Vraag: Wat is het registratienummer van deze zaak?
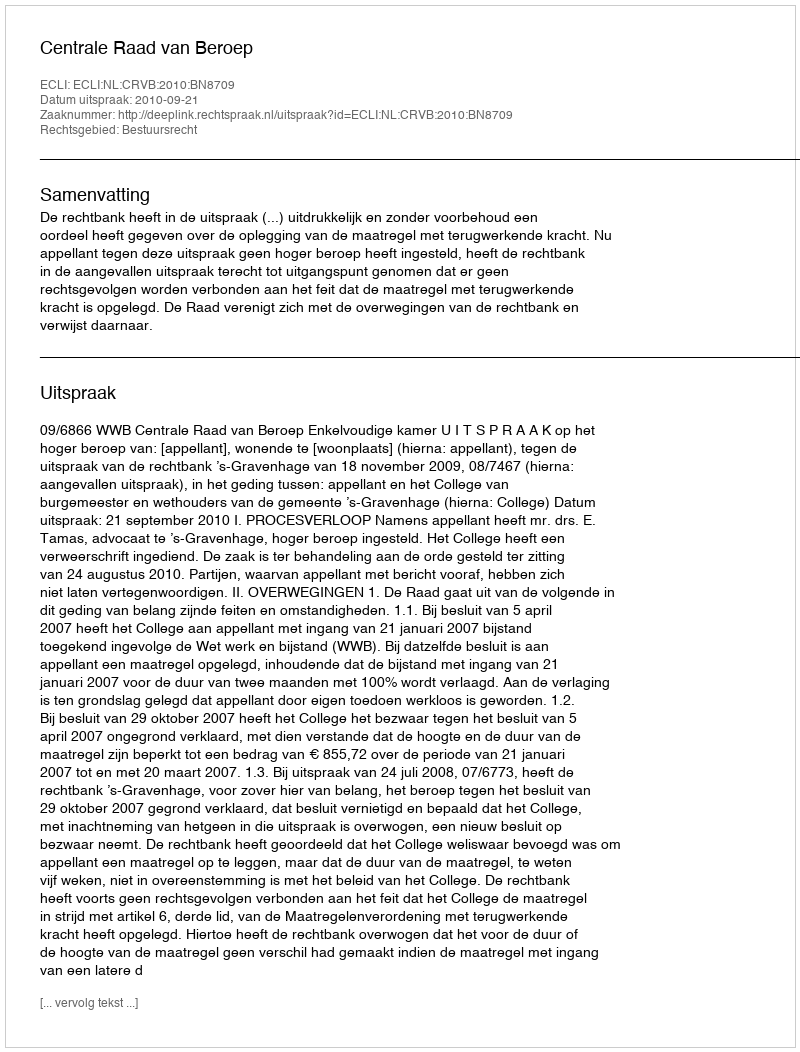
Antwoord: http://deeplink.rechtspraak.nl/uitspraak?id=ECLI:NL:CRVB:2010:BN8709